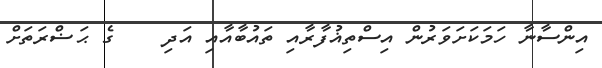
އިންސާނާ ހަމަކަށަވަރުން އިސްތިޣުފާރާއި ތައުބާއާއި އަދި    ގެ ޙަޟްރަތަށް